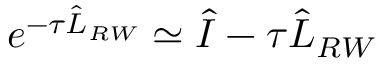
e ^ { - \tau \hat { L } _ { R W } } \simeq \hat { I } - \tau \hat { L } _ { R W }